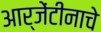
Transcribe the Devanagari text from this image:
आर्जेंटीनाचे